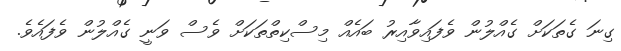
ގިނަ ގެތަކަށް ގެއްލުން ވެފައިވާއިރު ބައެއް މިސްކިތްތަކަށް ވެސް ވަނީ ގެއްލުން ވެފައެވެ.